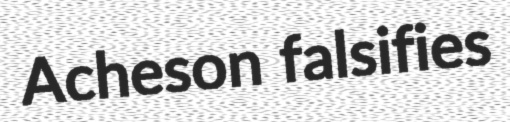
Acheson falsifies